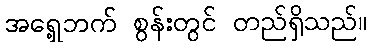
အရှေ့ဘက် စွန်းတွင် တည်ရှိသည်။